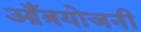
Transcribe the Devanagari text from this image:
आँत्रयोजनी